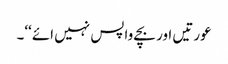
عورتیں اور بچے واپس نہیں ائے‘‘۔